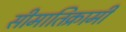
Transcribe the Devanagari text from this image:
सीमातिक्रामी